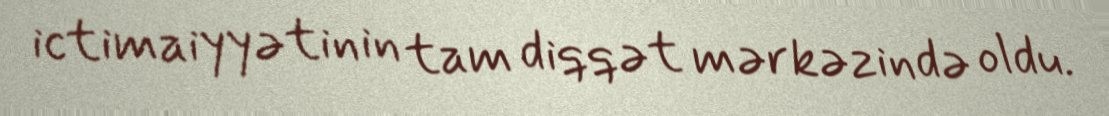
ictimaiyyətinin tam diqqət mərkəzində oldu.